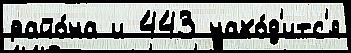
райо́на и 443 нахо́д'итс'я